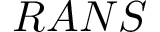
R A N S